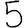
Digit: 5